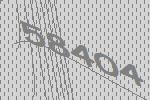
58404